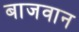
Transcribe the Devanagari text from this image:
बाजवान